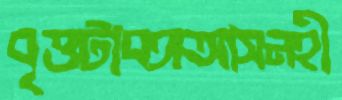
বৃত্তটাবঙ্গআসনহী